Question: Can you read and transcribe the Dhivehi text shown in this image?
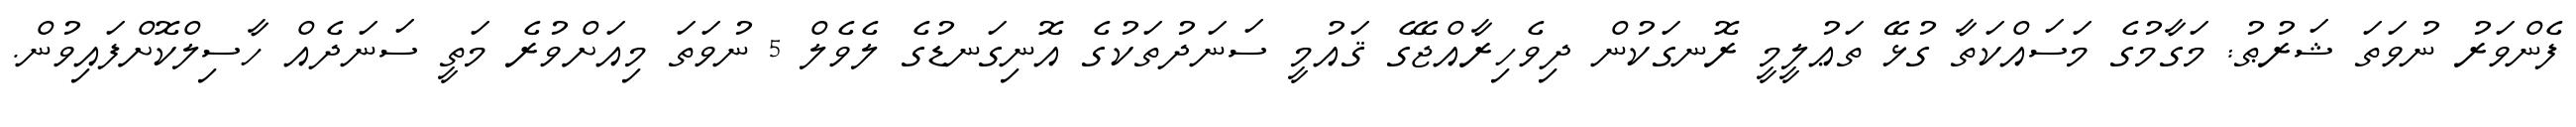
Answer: ފެންވަރު ނުވަތަ ޝަރުޠު: މަގާމުގެ މަސައްކަތާ ގުޅޭ ތަޢުލީމީ ރޮނގަކުން ދިވެހިރާއްޖޭގެ ޤައުމީ ސަނަދުތަކުގެ އޮނިގަނޑުގެ ލެވެލް 5 ނުވަތަ މިއަށްވުރެ މަތީ ސަނަދެއް ހާސިލްކޮށްފައިވުން.